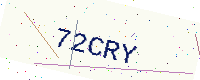
Text: 72CRY